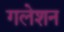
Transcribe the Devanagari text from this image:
गलेशन